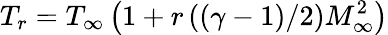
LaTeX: T_{r}=T_{\infty}\left(1+r\left(\left(\gamma-1\right)/2\right)M_{\infty}^{2}\right)